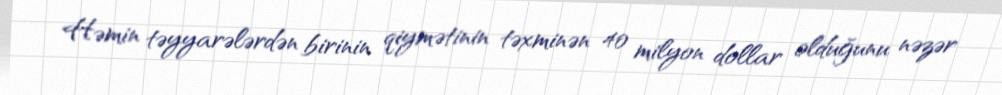
Həmin təyyarələrdən birinin qiymətinin təxminən 40 milyon dollar olduğunu nəzər